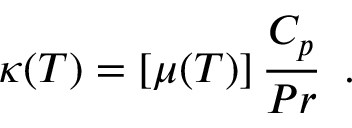
\kappa ( T ) = \left[ \mu ( T ) \right] \frac { C _ { p } } { P r } \, \mathrm { ~ . ~ }